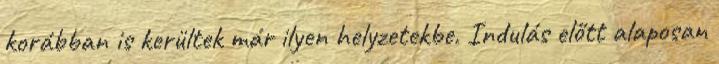
korábban is kerültek már ilyen helyzetekbe. Indulás előtt alaposan